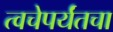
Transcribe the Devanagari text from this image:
त्वचेपर्यंतचा